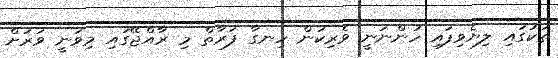
ތަކުގައި ލިޔެވިފައި ހުންނަނީ ވެރިކަން ހިނގާ ފަރާތް މި ރާއްޖޭގައި މިވަނީ ވަރަށް